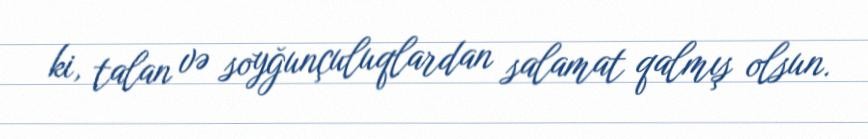
ki, talan və soyğunçuluqlardan salamat qalmış olsun.